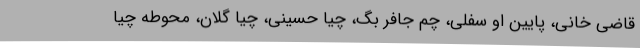
قاضی خانی، پایین او سفلی، چم جافر بگ، چیا حسینی، چیا گلان، محوطه چیا